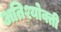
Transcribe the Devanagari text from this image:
अतिश्योक्ती